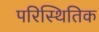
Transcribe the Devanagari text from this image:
परिस्थितिक